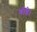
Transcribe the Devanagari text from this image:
गोडे।